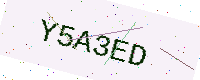
Text: Y5A3ED